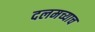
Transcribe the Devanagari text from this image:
दलमच्याच